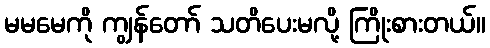
မမမေကို ကျွန်တော် သတိပေးမလို့ ကြိုးစားတယ်။